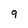
Character: 9